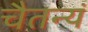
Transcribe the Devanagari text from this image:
चैतन्यं